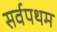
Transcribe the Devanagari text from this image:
सर्वपथम